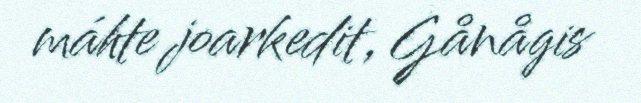
máhte joarkedit, Gånågis